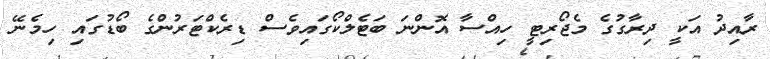
ރާއިދު އަކީ ދިރާގުގެ މެޖޯރިޓީ ހިއްސާ އޮންނަ ބަޓެލްކޯގައިވެސް ޑިރެކްޓަރުންގެ ބޯޑުގައި ހިމެނޭ